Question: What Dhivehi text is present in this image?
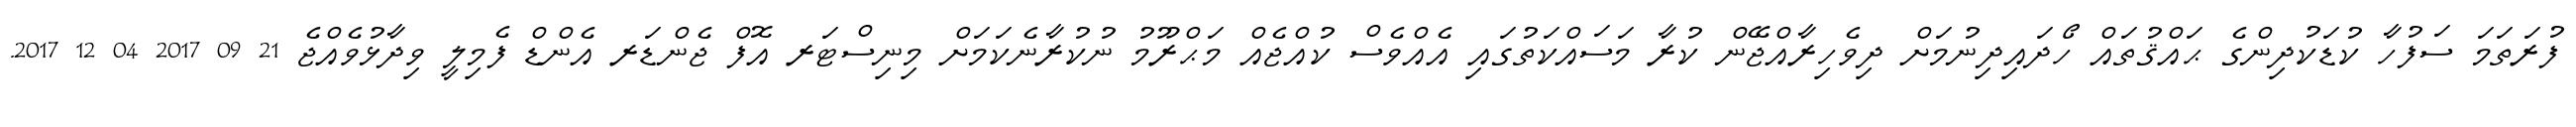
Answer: ފުރަތަމަ ސަފުހާ ކުޑަކުދިންގެ ޙައްޤުތައް ހޯދައިދިނުމަށް ދިވެހިރާއްޖޭން ކުރާ މަސައްކަތުގައި އެއްވެސް ކުއްޖެއް މަޙްރޫމު ނުކުރާނެކަމަށް މިނިސްޓަރ އޮފް ޖެންޑަރ އެންޑް ފެމިލީ ވިދާޅުވެއްޖެ 21 09 2017 04 12 2017.